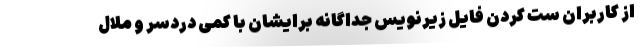
از کاربران ست کردن فایل زیرنویس جداگانه برایشان با کمی دردسر و ملال